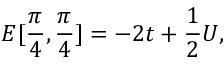
E [ \frac { \pi } { 4 } , \frac { \pi } { 4 } ] = - 2 t + \frac { 1 } { 2 } U ,